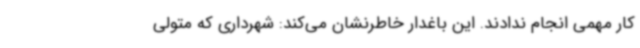
کار مهمی انجام ندادند. این باغدار خاطرنشان می‌کند: شهرداری که متولی